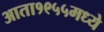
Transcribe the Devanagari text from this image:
आता१९५५मध्ये